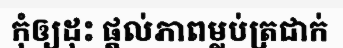
កុំឲ្យដុះ ផ្តល់ភាពម្លប់ត្រជាក់